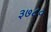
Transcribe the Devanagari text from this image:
३७८०